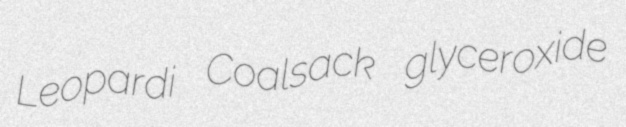
Leopardi Coalsack glyceroxide